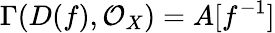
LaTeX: \Gamma(D(f),{\mathcal{O}}_{X})=A[f^{-1}]